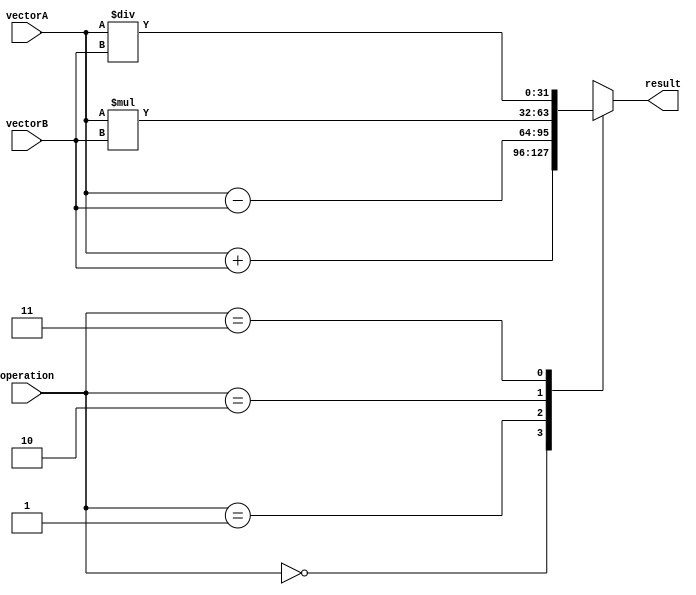
module VectorALU(
    input [31:0] vectorA, vectorB,
    input [1:0] operation,
    output reg [31:0] result
);

always @(*) begin
    case(operation)
        2'b00: result = vectorA + vectorB; // Addition
        2'b01: result = vectorA - vectorB; // Subtraction
        2'b10: result = vectorA * vectorB; // Multiplication
        2'b11: result = vectorA / vectorB; // Division
        default: result = 32'b0; // Default case
    endcase
end

endmodule